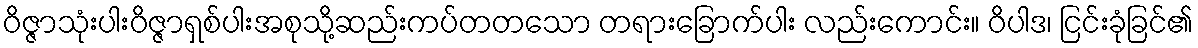
ဝိဇ္ဇာသုံးပါးဝိဇ္ဇာရှစ်ပါးအစုသို့ဆည်းကပ်တတသော တရားခြောက်ပါး လည်းကောင်း။ ဝိပါဒ၊ ငြင်းခုံခြင်၏